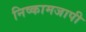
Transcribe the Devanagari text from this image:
निष्कामजापी